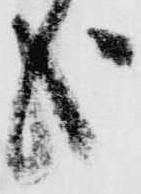
哉